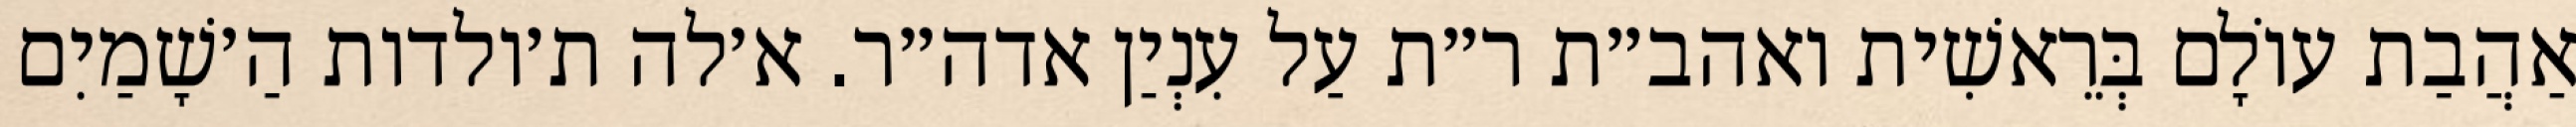
אַהֲבַת עוֹלָם בְּרֵאשִׁית ואהב״ת ר״ת עַל עִנְיַן אדה״ר. א׳לה ת׳ולדות הַ׳שָׁמַיִם